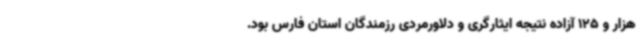
هزار و 125 آزاده نتیجه ایثارگری و دلاورمردی رزمندگان استان فارس بود.